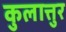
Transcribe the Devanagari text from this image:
कुलात्तुर